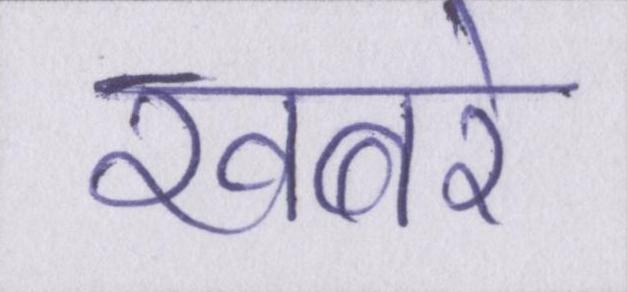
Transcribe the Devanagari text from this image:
खबरे